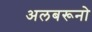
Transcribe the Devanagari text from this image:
अलबरूनो